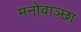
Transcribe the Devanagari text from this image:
मनोवाञ्छा